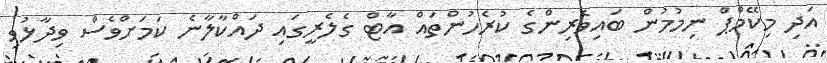
އަދި މިކޭމްޕް ނިމުމުން ބައިވެރިންގެ ކުރެހުންތައް އާޓް ގެލެރީގައި ދައްކާލާނެ ކަމަށްވެސް ވިދާޅުވި